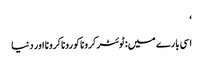
‘
اسی بارے میں: ٹوئٹرکروناکوروناکرونا اور دنیا